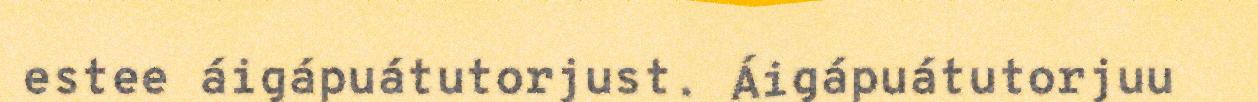
estee áigápuátutorjust. Áigápuátutorjuu